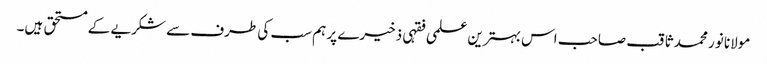
مولانا نور محمد ثاقب صاحب اس بہترین علمی فقہی ذخیرے پر ہم سب کی طرف سے شکریے کے مستحق ہیں۔